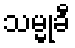
သမ္မုခီ